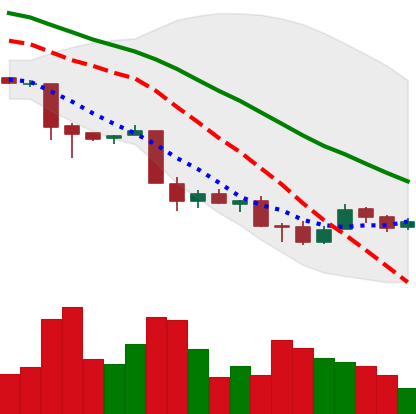
Ticker: XMR-USD
Chart end date: 2018-12-01
Forward return: -21.984%
Label: down_7plus